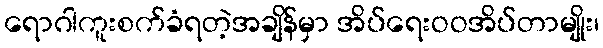
ရောဂါကူးစက်ခံရတဲ့အချိန်မှာ အိပ်ရေးဝဝအိပ်တာမျိုး၊